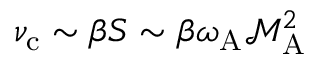
\nu _ { \mathrm { c } } \sim \beta S \sim \beta \omega _ { \mathrm { A } } \mathcal { M } _ { \mathrm { A } } ^ { 2 }